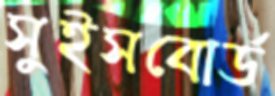
সুইসবোর্ড